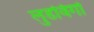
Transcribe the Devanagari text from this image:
लुडविगो